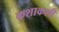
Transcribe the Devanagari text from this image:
कशाकशी